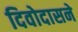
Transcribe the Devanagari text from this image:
दिवोदासने